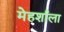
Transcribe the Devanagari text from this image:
मेहर्शाला